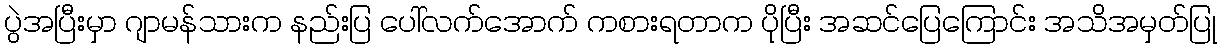
ပွဲအပြီးမှာ ဂျာမန်သားက နည်းပြ ပေါ်လက်အောက် ကစားရတာက ပိုပြီး အဆင်ပြေကြောင်း အသိအမှတ်ပြု